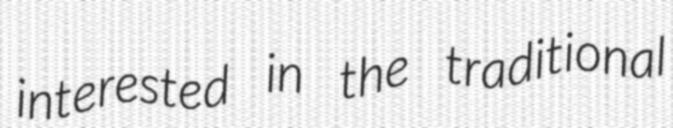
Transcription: interested in the traditional